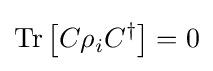
{\text{Tr}}\left[C\rho _{i}C^{\dagger }\right]=0